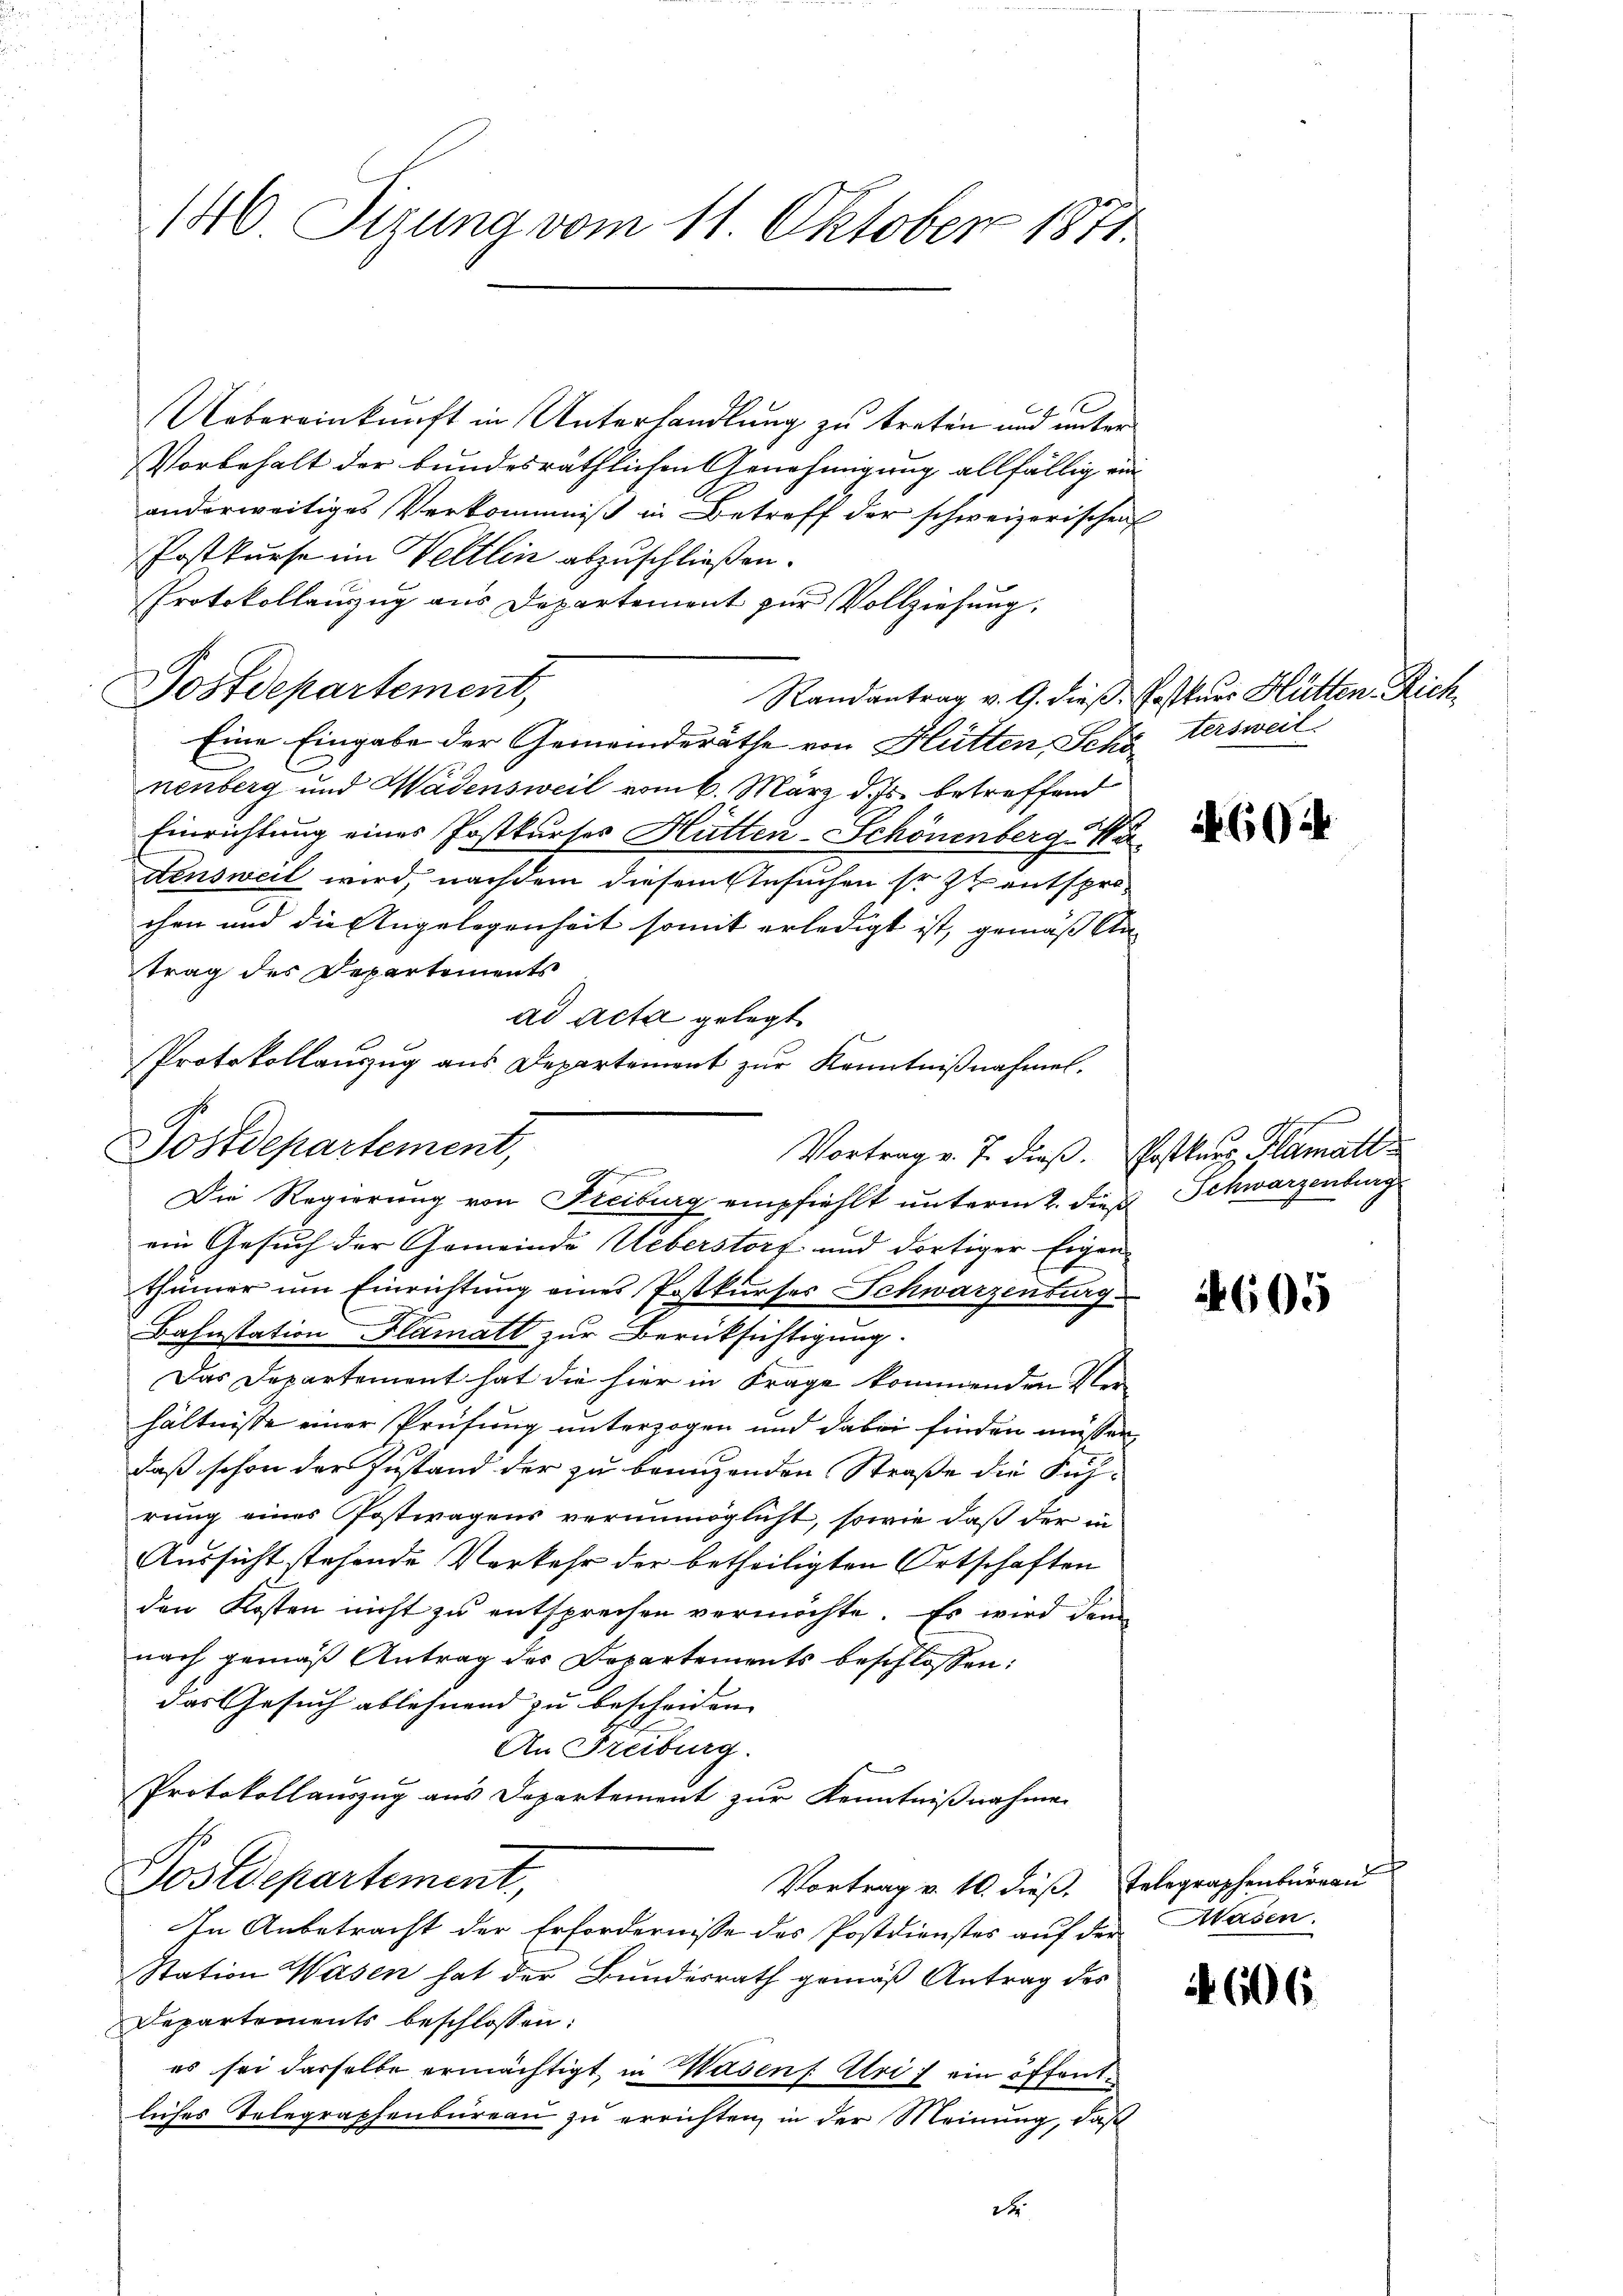
140. Sizung vom 11. Oktober 1871.

Uebereinkunft in Unterhandlung zu treten und unter
Vorbehalt der bundesräthlichen Genehmigung allfällig ein
anderweitiges Verkommniß in Betreff der schweizerischen
Postkurse im Veltlin abzuschließen.
Protokollanzug aus Departement zur Vollziehung,
Postdepartement,
Randantrag v. G. dieß. Postkurs Hütten Rich¬
Eine Eingabe der Gemeinderäthe von Hütten Schatersweil
nenberg und Wädensweil vom 6. März d. Js. betreffend
Einrichtung eines Postkurses Hütten-Schönenberg
densweil wird, nachdem diesem Gesuchen so zu entspro-
chen und die Angelegenheit somit erledigt ist, gemäß An
trag des Departements
ad acta gelegt.
Vortrag v. J. dieß. Postkurs Plamati
ein Gesuch der Gemeinde Ueberstorf und dortiger Eigen
thümer um Einrichtung eines Postkurses Schwarzenburg
Bahnstation Flamatt zur Berücksichtigung.
Das Departement hat die hier in Frage kommenden Verhältnisse einer Prüfung unterzogen und dabei finden müssen
daß schon der Zustand der zu bringenden Straße die Führung eines Postwagens verunmöglicht, sowie daß der in
Aussicht stehende Verkehr der betheiligten Ortschaften
den Kosten nicht zu entsprechen vermöchte. Es wird dem
nach gemäß Antrag des Departements beschlossen:
das Gesuch ablehnend zu bescheiden. |
An Freiburg.
Protokollauszug aus Departement zur Kenntnißnahmen
Postdepartement,
Vortrag v. 10. dieß. Telegraphenbureau
In Anbetracht der Erfordernisse des Postdienstes auf der Hasen.
Station Wasen hat der Bundesrath gemäß Antrag des
Departements beschlossen:
es sei dasselbe ermächtigt, in Wasen Uri, ein öffent
liches Telegraphenbureau zu errichten, in der Meinung, daß
de

e
Protokollauszug aus Departement zur Kenntnißnahmel,
Postdepartement,
4
Die Regierung von Freiburg empfiehlt unterm 2. die Schwarzenburg

604

4605

¬

606.